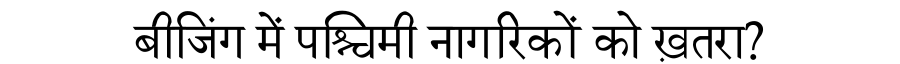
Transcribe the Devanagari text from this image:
बीजिंग में पश्चिमी नागरिकों को ख़तरा?